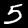
Digit: 5